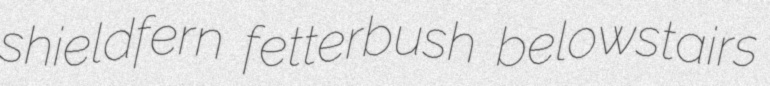
shieldfern fetterbush belowstairs